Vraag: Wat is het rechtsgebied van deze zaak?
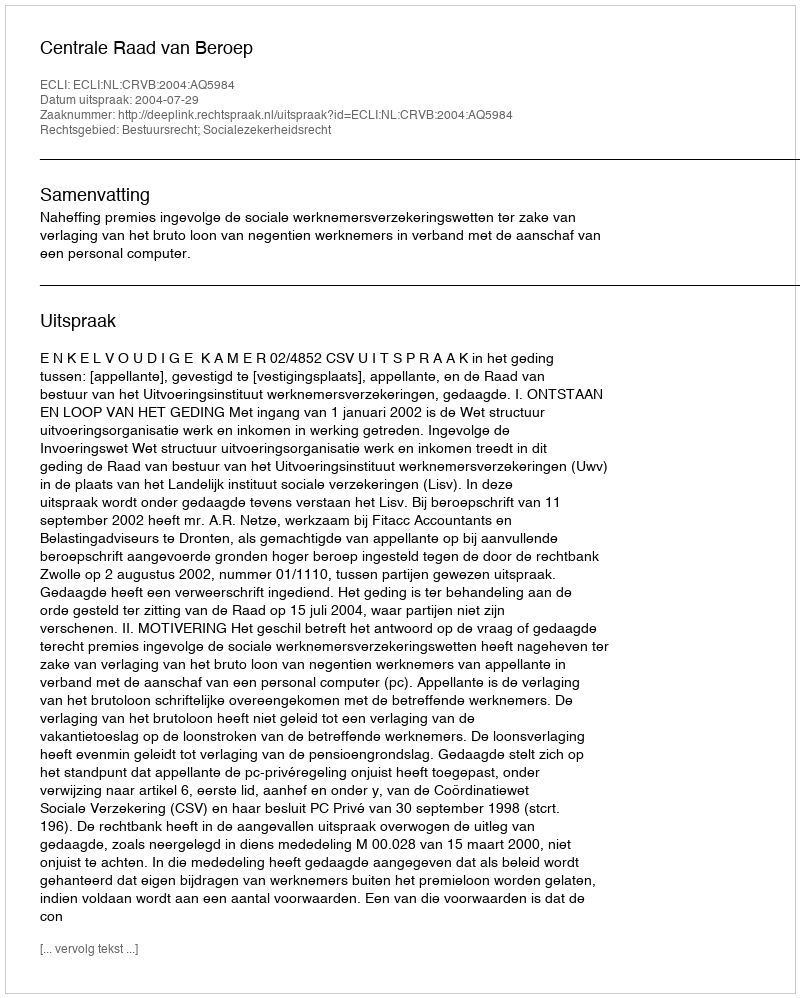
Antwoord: Bestuursrecht; Socialezekerheidsrecht